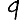
Digit: 9